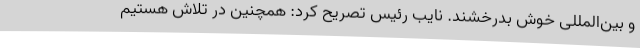
و بین‌المللی خوش بدرخشند. نایب رئیس تصریح کرد: همچنین در تلاش هستیم